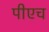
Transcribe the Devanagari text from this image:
पीएच